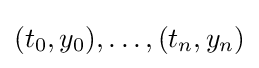
(t_{0},y_{0}),\ldots ,(t_{n},y_{n})